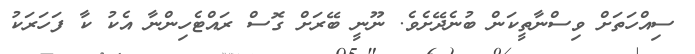
ސިއްހަތަށް ވިސްނާތީކަން ބުނެދޭށެވެ. ނޫނީ ބޭރަށް ގޮސް ރައްޓެހިންނާ އެކު ކާ ފަހަރަކު